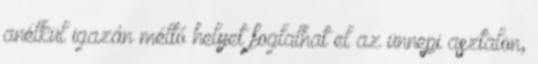
anélkül igazán méltó helyet foglalhat el az ünnepi asztalon,